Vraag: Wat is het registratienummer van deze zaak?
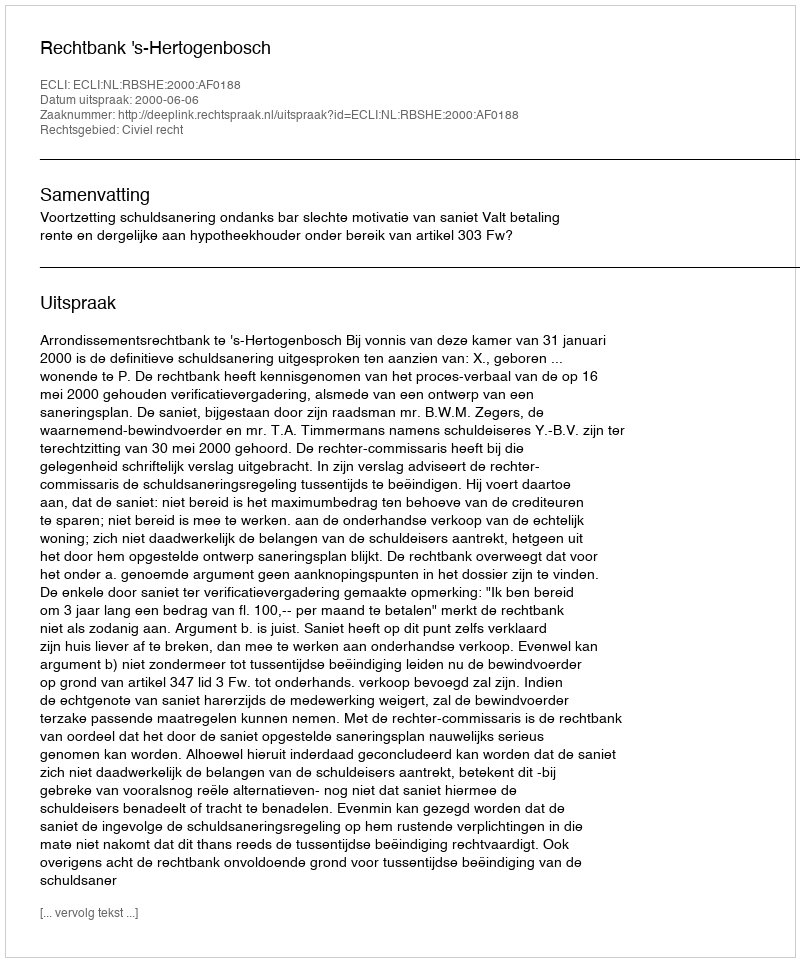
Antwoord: http://deeplink.rechtspraak.nl/uitspraak?id=ECLI:NL:RBSHE:2000:AF0188